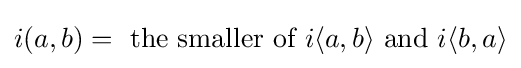
i(a,b)={\text{ the smaller of }}i\langle a,b\rangle {\text{ and }}i\langle b,a\rangle